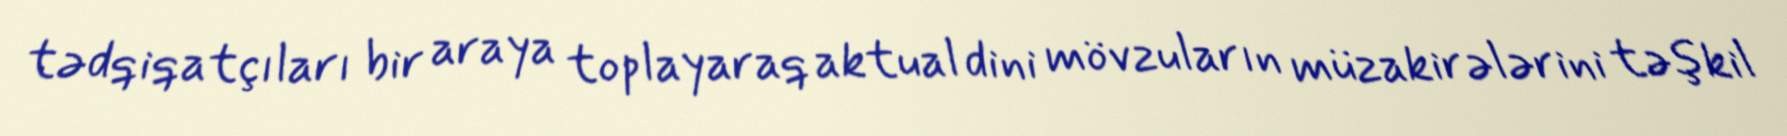
tədqiqatçıları bir araya toplayaraq aktual dini mövzuların müzakirələrini təşkil